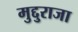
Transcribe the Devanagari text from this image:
मुद्दुराजा